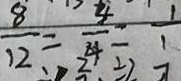
\frac { 8 } { 1 2 } = \frac { 4 } { 4 } = \frac { 1 } { 1 }